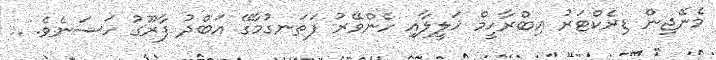
މެނޭޖިން ޑިރެކްޓަރު އިބްރާހީމް ޚަލީލާއި ހެންވޭރު ފަތަނގުމާގޭ އަބްދު ފާރޫގު ހަސަނެވެ. ..